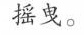
摇曳。